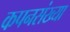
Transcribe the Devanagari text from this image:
कपनसंख्या